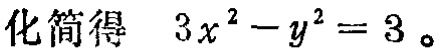
化简得 \(3x^{2}-y^{2}=3\)。